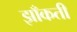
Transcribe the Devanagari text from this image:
झाँकती